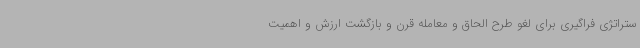
ستراتژی فراگیری برای لغو طرح الحاق و معامله قرن و بازگشت ارزش و اهمیت